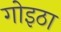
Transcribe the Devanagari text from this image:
गोइठा